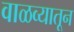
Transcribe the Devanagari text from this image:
वाळव्यातून